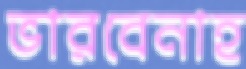
ভারবেনাহ